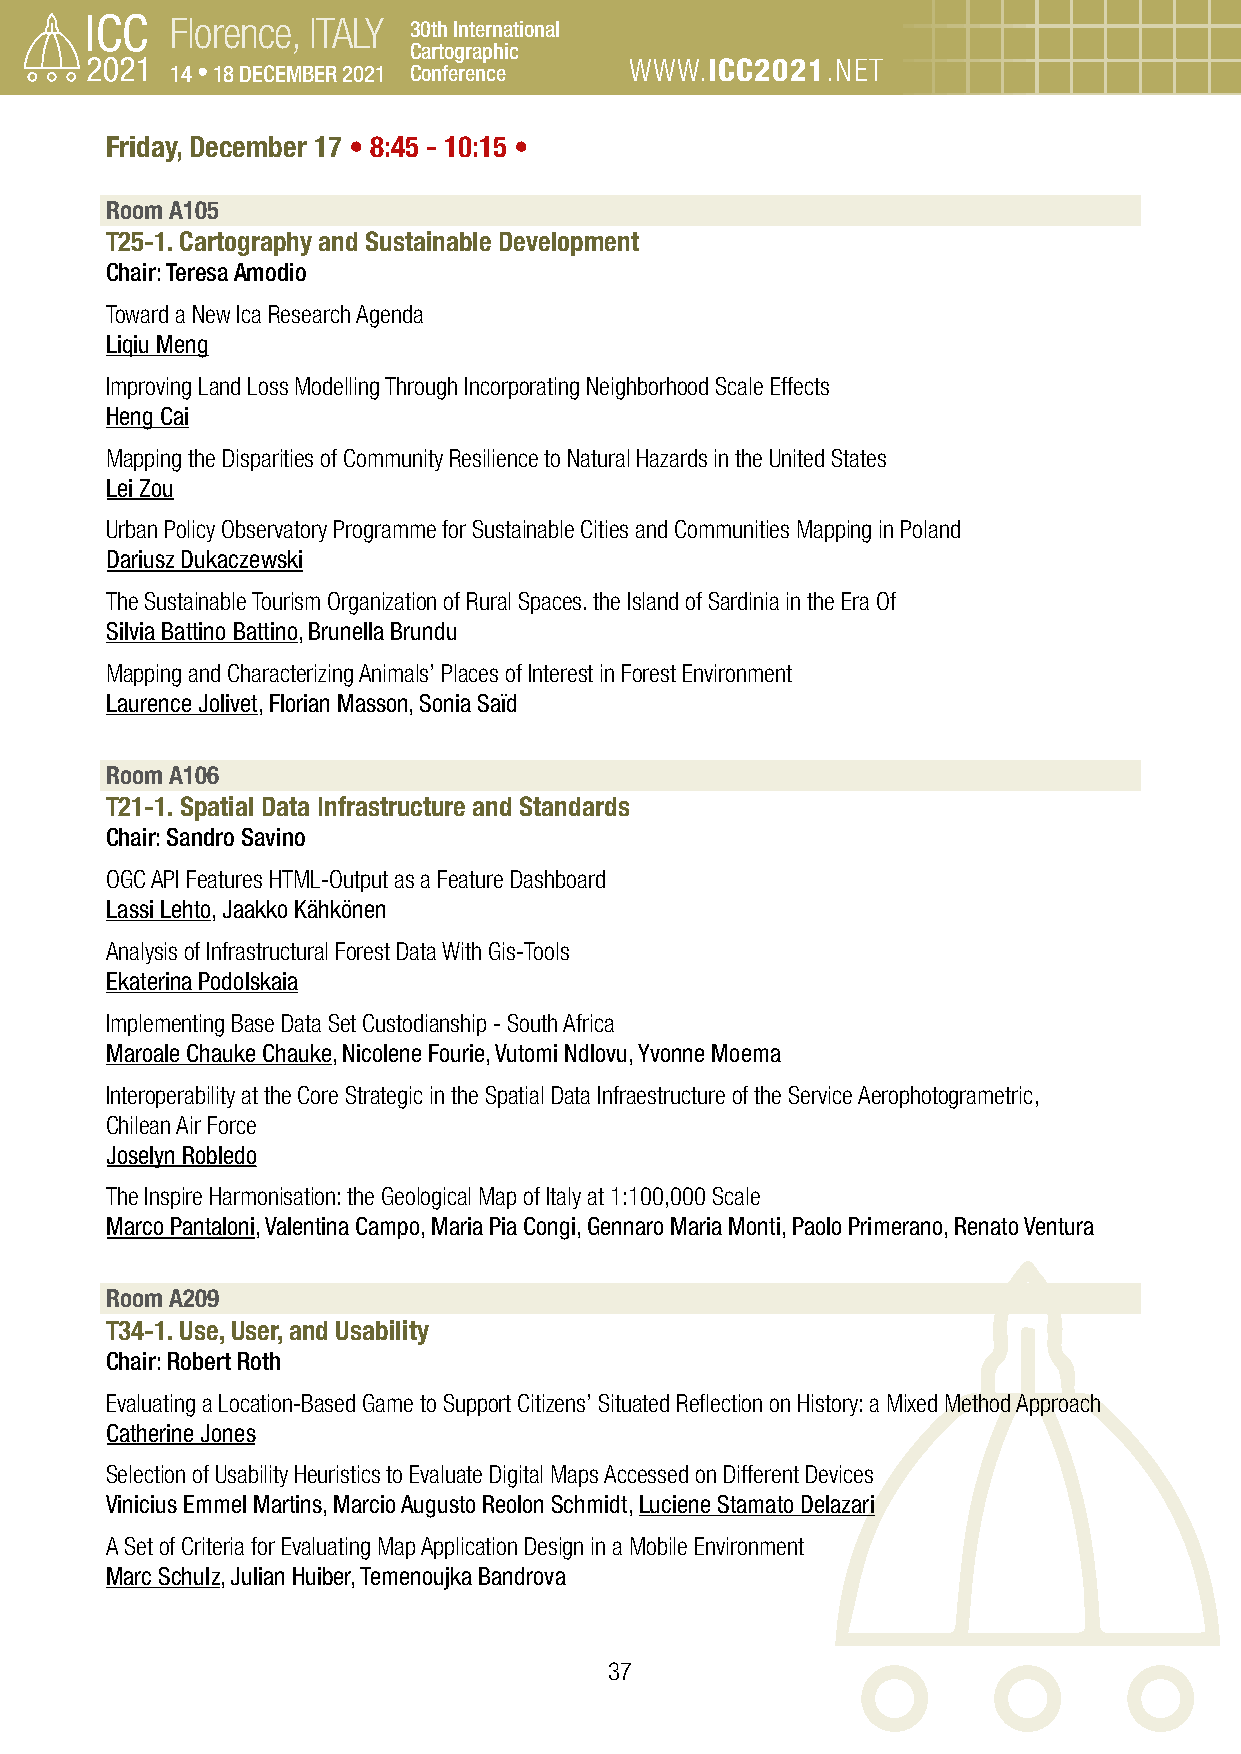
Florence, ITALY 30th International
 Cartographic
 14 • 18 DECEMBER 2021 Conference WWW.ICC2021.NET
 Friday, December 17 • 8:45 - 10:15 •
 Room A105
 T25-1. Cartography and Sustainable Development
 Chair: Teresa Amodio
 Toward a New Ica Research Agenda
 Liqiu Meng
 Improving Land Loss Modelling Through Incorporating Neighborhood Scale Effects
 Heng Cai
 Mapping the Disparities of Community Resilience to Natural Hazards in the United States
 Lei Zou
 Urban Policy Observatory Programme for Sustainable Cities and Communities Mapping in Poland
 Dariusz Dukaczewski
 The Sustainable Tourism Organization of Rural Spaces. the Island of Sardinia in the Era Of
 Silvia Battino Battino, Brunella Brundu
 Mapping and Characterizing Animals’ Places of Interest in Forest Environment
 Laurence Jolivet, Florian Masson, Sonia Saïd
 Room A106
 T21-1. Spatial Data Infrastructure and Standards
 Chair: Sandro Savino
 OGC API Features HTML-Output as a Feature Dashboard
 Lassi Lehto, Jaakko Kähkönen
 Analysis of Infrastructural Forest Data With Gis-Tools
 Ekaterina Podolskaia
 Implementing Base Data Set Custodianship - South Africa
 Maroale Chauke Chauke, Nicolene Fourie, Vutomi Ndlovu, Yvonne Moema
 Interoperability at the Core Strategic in the Spatial Data Infraestructure of the Service Aerophotogrametric,
 Chilean Air Force
 Joselyn Robledo
 The Inspire Harmonisation: the Geological Map of Italy at 1:100,000 Scale
 Marco Pantaloni, Valentina Campo, Maria Pia Congi, Gennaro Maria Monti, Paolo Primerano, Renato Ventura
 Room A209
 T34-1. Use, User, and Usability
 Chair: Robert Roth
 Evaluating a Location-Based Game to Support Citizens’ Situated Reflection on History: a Mixed Method Approach
 Catherine Jones
 Selection of Usability Heuristics to Evaluate Digital Maps Accessed on Different Devices
 Vinicius Emmel Martins, Marcio Augusto Reolon Schmidt, Luciene Stamato Delazari
 A Set of Criteria for Evaluating Map Application Design in a Mobile Environment
 Marc Schulz, Julian Huiber, Temenoujka Bandrova
 37